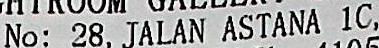
NO: 28, JALAN ASTANA 1C,